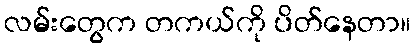
လမ်းတွေက တကယ်ကို ပိတ်နေတာ။